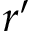
r ^ { \prime }